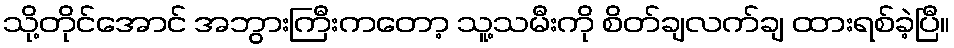
သို့တိုင်အောင် အဘွားကြီးကတော့ သူ့သမီးကို စိတ်ချလက်ချ ထားရစ်ခဲ့ပြီ။